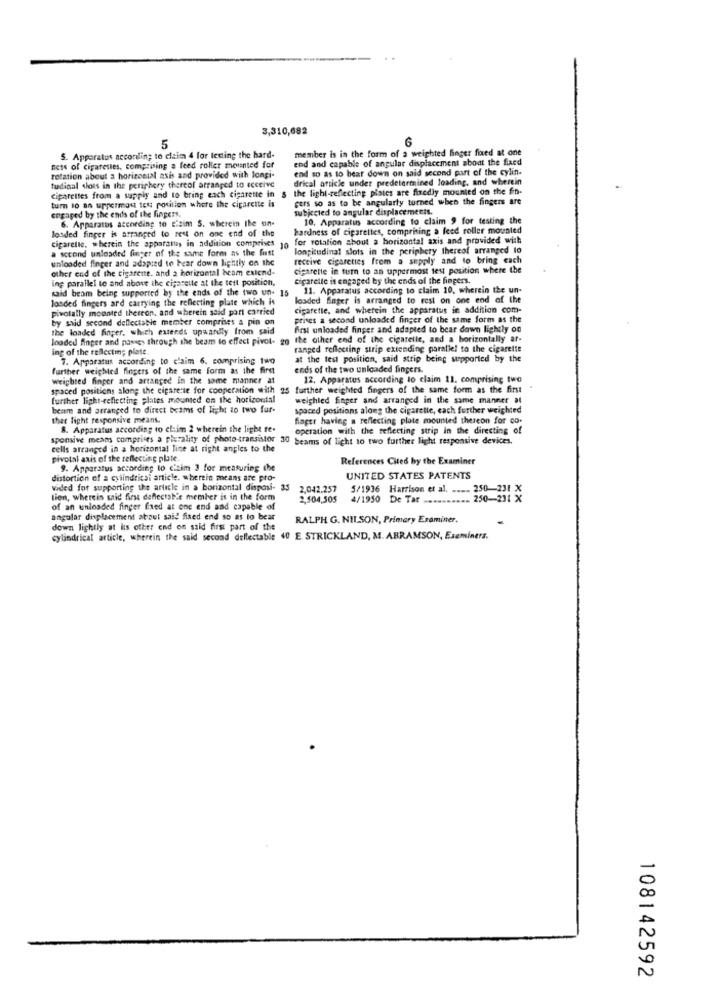
3,310,682
5
member is in the form of a weighted finger fixed at one
S. Apparatus according to claim 4 for testing the hard-
end and capable of angular displacement about the fixed
sets of cigarettes, comprising a feed roller mounted for
end so as to bear down on said second part of the cylin.
rotation about a horizontal axis and provided with longi-
drical article under predetermined loading, and wherein
tudinal shots in the periphery thereof arranged to receive
the light-reflecting plates are fixedly mounted on the fin-
cigarettes from a supply and to bring each cigarette in 5
fers so as to be angularty turned when the fingers are
turn to an uppermou test position where the cigarette is
subjected to angular displacements.
engaged by the ends of the fingers.
10. Apparatus according to claim 9 for testing the
6. Apparatus according to claim S. wherein the un-
hardness of cigarettes, comprising a feed roller mounted
loaded finger is arranged to rest on one end of the
cigarette. wherein the apparatus in addition comprises
for rotation about a horizontal axis and provided with
second unloaded finger of the same form as the lust
10
longitudinal slots in the periphery thereof arranged lo
unloaded finger and adapted to bear down lightly on the
receive cigarettes frem a supply and to bring cach
other end of the cigarette. and 2 horizontal hcom estend-
cigarette in turn to an uppermost test position where the
ing parallel to and above the cigarette at the test position,
cigarelle is engaged by the ends of the fingers.
said beam being supported by the ends of the two un- 15
11. Apparatus according to claim 10, wherein the un-
loaded fingers ard carrying the reflecting plate which it
loaded finger is arranged to rest on one end of the
pivotally mounted thereon, and wherein said port carried
cigarette, and wherein the apparatus in addition com-
prises a second unloaded finger of the same form as the
by said second dellectable member comprises a pin on
the loaded finger, which extends upwardly from said
First unloaded finger and adapted to bear down lightly on
loaded finger and passes through the beam to effect pivot- go the other end of the cigarette, and a horizontally ar-
ing of the reflecting plate.
ranged reflecting strip extending parallel to the cigarette
7. Apparatus according to claim 6. comprising two
at the test position, said strip being supported by the
further weighted fingers of the same form as the first
ends of the two unloaded fingers.
weighted finper and arranged in the same manner at
12. Apparatus according to claim 11. comprising two
spaced positions along the cigarette for cooperation with 25
S further weighted fingers of the same form as the first
further light-reflecting plates mounted on the horizontal
weighled Sager and arranged in the same manner at
beam and arranged to direct beams of light to two for-
spaced positions along the cigarette, cach further weighted
ther fight responsive means.
fager having a reflecting plate mounted thereon for co.
8. Apparatus according to el:im 2 wherein the light re-
operation with the reflecting strip in the directing of
sponsive meses comprises a plurality of photo-transistor 30 beams of light to two further light responsive devices.
cells arranged in a horizontal line at right angles to the
pivotal axis of the reflecting plate.
References Cited by the Examiner
9. Apparatus according to cizim 3 for measuring the
distortion of a cylindrical article. wherein means are pro-
UNITED STATES PATENTS
vided for supporting the article in a borizontal disposi- 35
2,042.257
5/1936 Harrison et al. .... 250-231 X
tion, whereis said first deflectab'e member is in the form
2,504,305
4/1950 De Tar .......... 250-231 X
of an unloaded finger fixed at one end and capable of
angular displacement about said fixed end so as to bear
RALPH G. NII.SON, Primary Examiner.
down lightly at lis other end on said first part of the
cylindrical article, wherein the said second dellectable 40 E. STRICKLAND, M. ABRAMSON, Examiners.
108142592